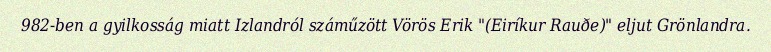
982-ben a gyilkosság miatt Izlandról száműzött Vörös Erik "(Eiríkur Rauðe)" eljut Grönlandra.